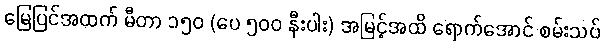
မြေပြင်အထက် မီတာ ၁၅၀ (ပေ ၅၀၀ နီးပါး) အမြင့်အထိ ရောက်အောင် စမ်းသပ်